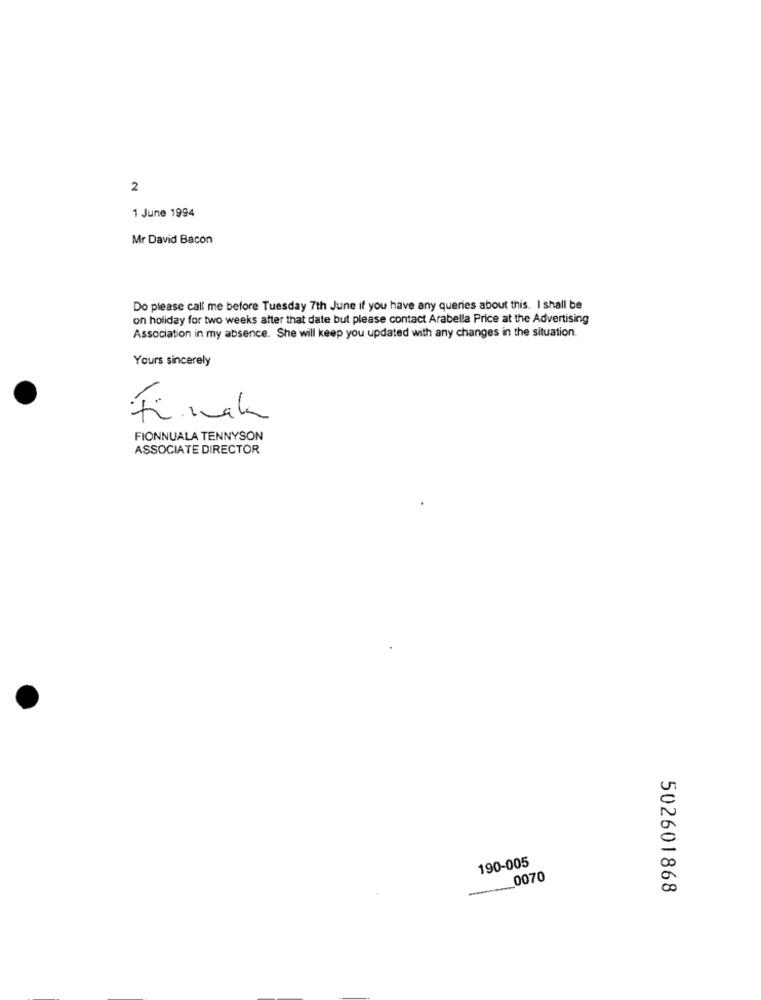
2
1 June 1994
Mr David Bacon
Do please call me before Tuesday 7th June if you have any queries about this. I shall be
on holiday for two weeks after that date but please contact Arabella Price at the Advertising
Association in my absence. She will keep you updated with any changes in the situation.
Yours sincerely
Final
FIONNUALA TENNYSON
ASSOCIATE DIRECTOR
190-005
0070
502601868